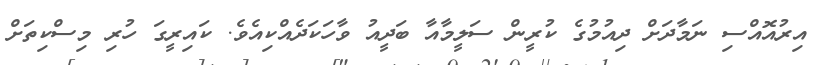
އިރުއޮއްސި ނަމާދަށް ދިއުމުގެ ކުރީން ސަލީމާއާ ބަދީއު ވާހަކަދެއްކިއެވެ. ކައިރީގަ ހުރި މިސްކިތަށް